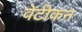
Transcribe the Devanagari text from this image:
वेटीकन